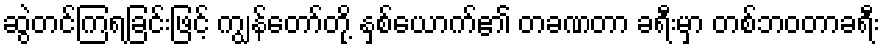
ဆွဲတင်ကြရခြင်းဖြင့် ကျွန်တော်တို့ နှစ်ယောက်၏ တခဏတာ ခရီးမှာ တစ်ဘဝတာခရီး